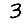
Digit: 3